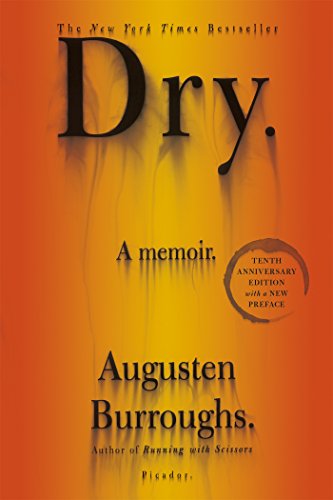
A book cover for Dry: A Memoir; Augusten Burroughs; Health, Fitness & Dieting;